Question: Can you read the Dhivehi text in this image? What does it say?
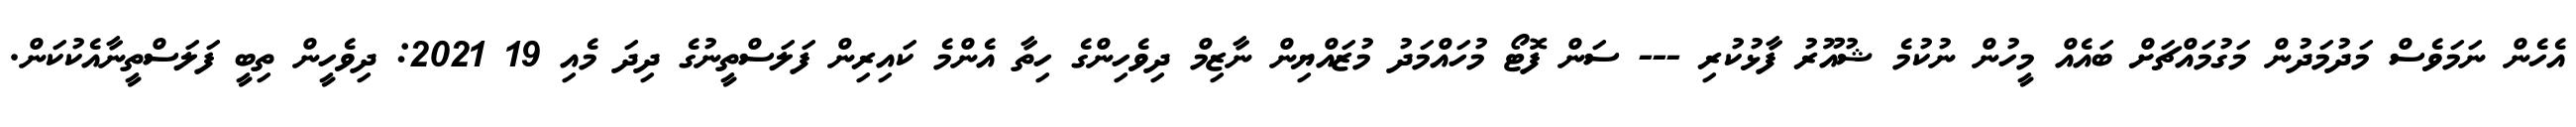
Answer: އެހެން ނަމަވެސް މަދުމަދުން މަގުމައްޗަށް ބައެއް މީހުން ނުކުމެ ޝުއޫރު ފާޅުކުރި --- ސަން ފޮޓޯ މުހައްމަދު މުޒައްޔިން ނާޒިމް ދިވެހިންގެ ހިތާ އެންމެ ކައިރިން ފަލަސްތީނުގެ ދިދަ މެއި 19 2021: ދިވެހީން ތިބީ ފަލަސްތީނާއެކުކަން.